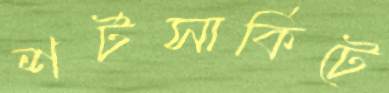
শর্টসার্কিটে